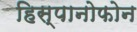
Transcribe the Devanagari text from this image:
हिस्पानोफोन